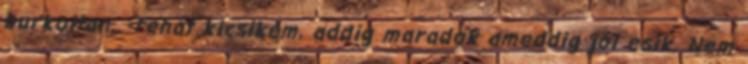
burkoltan. -Tehát kicsikém, addig maradok ameddig jól esik. Nem